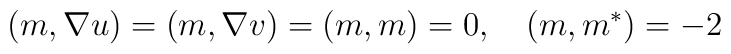
(m, \nabla u) = (m, \nabla v) = (m, m) = 0 ,\quad (m, m^*) = -2